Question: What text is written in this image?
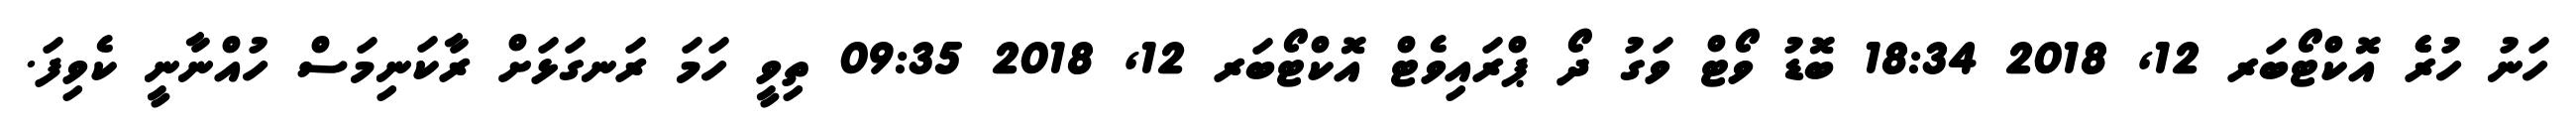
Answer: ހަނު ހުރެެ އޮކްޓޯބަރ 12, 2018 18:34 ބޮޑު ވޯޓް ވަގު ދޯ ޕްރައިވެޓް އޮކްޓޯބަރ 12, 2018 09:35 ތިވީ ހަމަ ރަނގަޅަށް ރާކަނިމަސް ހުއްނާނީ ކެވިފަ.